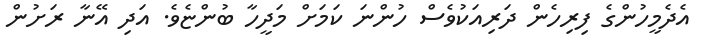
އެދެމީހުންގެ ފިރިހެން ދަރިއަކުވެސް ހުންނަ ކަމަށް މަދީހާ ބުންޏެވެ. އަދި އޭނާ ރަށުން